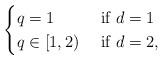
LaTeX: \begin{align*}\begin{cases}q=1& \mbox{ if } d = 1\\q\in[1,2)& \mbox{ if } d = 2,\end{cases}\end{align*}